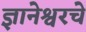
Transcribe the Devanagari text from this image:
ज्ञानेश्वरचे